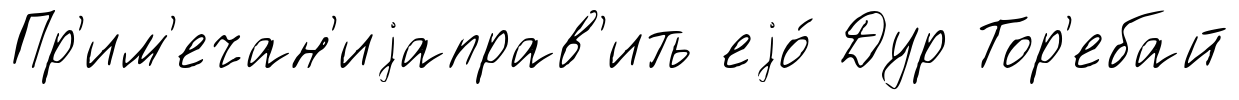
Пр'им'ечан'иjаправ'ить еjо́ Дур Тор'ебай